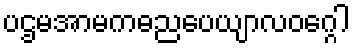
ပဌမအာမကဓညပေယျာလဝဂ္ဂေါ